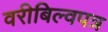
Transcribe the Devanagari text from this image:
वरीबिल्वपत्र